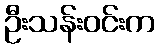
ဦးသန်းဝင်းက